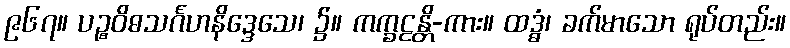
၉၆၇။ ပဉ္စဝိဓသင်္ဂဟနိဒ္ဒေသေ၊ ၌။ ကက္ခဠန္တိ-ကား။ ထဒ္ဓံ၊ ခက်မာသော ရုပ်တည်း။